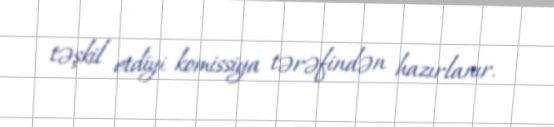
təşkil etdiyi komissiya tərəfindən hazırlanır.